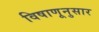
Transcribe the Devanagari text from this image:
विषाणूनुसार